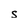
Character: s